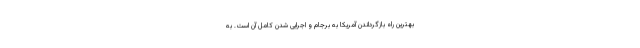
بهترین راه بازگرداندن آمریکا به برجام و اجرایی شدن کامل آن است. به